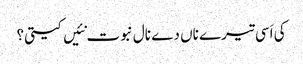
کی اَسی تیرے ناں دے نال نبوت نئیں کیتی؟